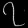
Digit: ၇